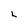
Character: L